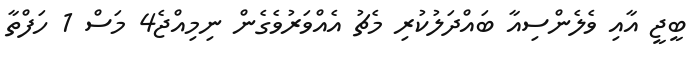
ބީޖީ އާއި ވެލެންސިއާ ބައްދަލުކުރި މެޗު އެއްވަރުވެގެން ނިމިއްޖެ4 މަސް 1 ހަފްތާ